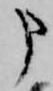
申